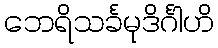
ဘေရိသင်္ခမုဒိင်္ဂါဟိ